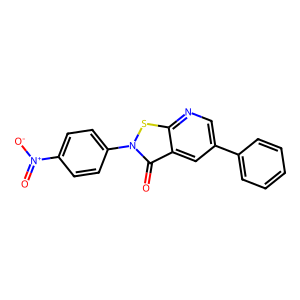
SMILES: O=c1c2cc(-c3ccccc3)cnc2sn1-c1ccc([N+](=O)[O-])cc1
Inhibits HIV replication: No